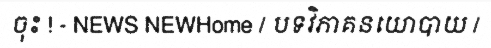
ចុះ ! - NEWS NEWHome / បទវិភាគនយោបាយ /